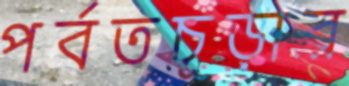
পর্বতচূড়ার